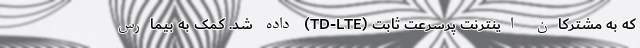
که به مشترکان اینترنت پرسرعت ثابت (TD-LTE) داده شد. کمک به بیمارس